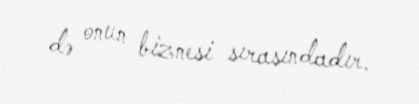
də onun biznesi sırasındadır.